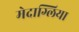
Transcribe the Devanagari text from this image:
मेदाग्लिया